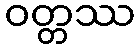
ဝတ္တဿ